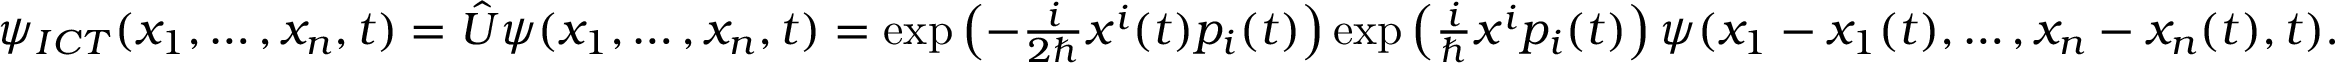
\begin{array} { r } { \psi _ { I C T } ( x _ { 1 } , \dots , x _ { n } , t ) = \hat { U } \psi ( x _ { 1 } , \dots , x _ { n } , t ) = \exp \left( - \frac { i } { 2 \hbar } x ^ { i } ( t ) p _ { i } ( t ) \right) \exp \left( \frac { i } { \hbar } x ^ { i } p _ { i } ( t ) \right) \psi ( x _ { 1 } - x _ { 1 } ( t ) , \dots , x _ { n } - x _ { n } ( t ) , t ) . } \end{array}